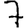
Digit: 7